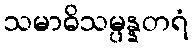
သမာဓိသမ္ပန္နတရံ